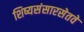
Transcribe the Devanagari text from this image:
शिष्यसंसारसेतवे